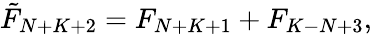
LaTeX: \tilde{F}_{N+K+2}=F_{N+K+1}+F_{K-N+3},